Leaving Certificate Examination (including Day School Certificate (Higher) General paper), 1939
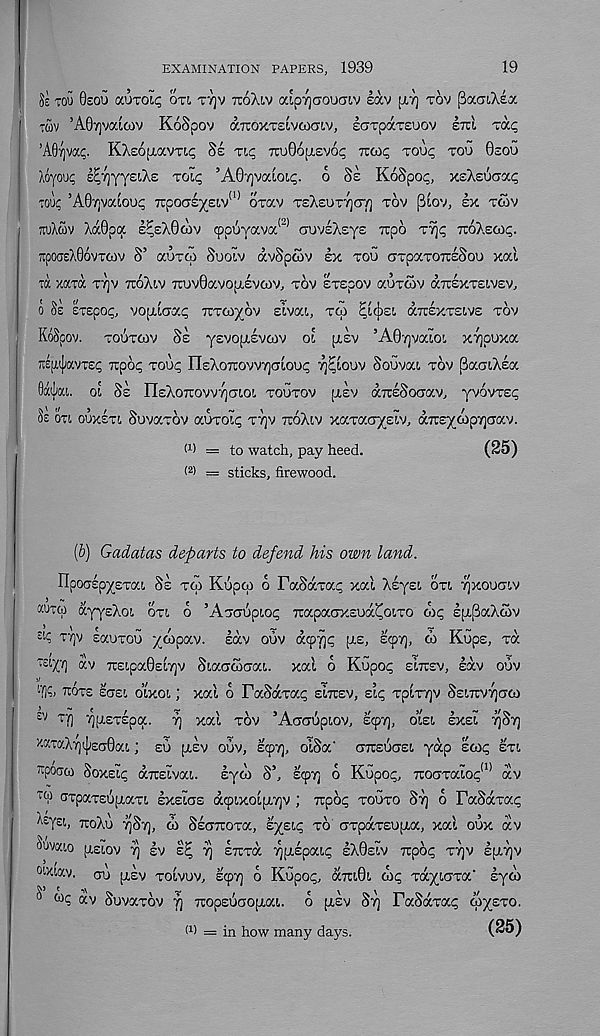
EXAMINATION PAPERS, 1939
19
TOU 0sou auroii; OTI TT]V TTOXLV aipyjGOua'i.v lav [XT] TOV [BaaiXea
TUV ’AOrjvaicov KoSpov (XTUOXTSIVCOCTIV, larpaTeuov im Tap
’Afiyjvap. KXcOixavTtp SI Tip TruBopisvop Tctop Toup TOO OSOU
Xoyoup l^yysiXe TOip ’AGyvaioip. 6 Si KoSpop, xsXsocrap
Toup ’A0v)vaioop 7rpoaly£:!,v !1) OTav TEXSOT^T/] TOV ptov, lx TOOV
TWXCOV XaQpa l^sXOcov cppSyava (2) auvIXsys Tcpo TYjp TtoXewp.
7[poasX06vT6iv S’ aoTW Soolv dvSpoJV lx TOO crTpaTorcISoo xal
m xam TT)V TOXIV 7rov0avo[xlvoiv, TOV £T£pov aoTt5v djuIxTEiVEv,
o Se EtEpop, vopticrap TTTCO^OV sivai,, TCO
aTCEXTStvs TOV
KoSpOV.
TOUTOIV SE yEVOfXEVCOV 01 pLEV ’A0'/]VaiOl X7]puxa
7i£[nj;avTEp xpop Toup nsXoTcovvTjcrioup Tj^ioov Souvai TOV (BaoiXla
0llca. 01 Si nsXOTTOVVTjO't.O!, TOUTOV [XSV aTCESocTaV, yVOVTEp
Ss or, OOXETI. SovaTov aoroip TTJV TTOXIV xaTaa/siv, dxEyoop^crav.
(1) = to watch, pay heed.
(25)
( 2 ) = sticks, firewood.
(b) Gadatas departs to defend his own land.
npoalp^ETai Ss TOO Kupco o PaSaTap xal Xlyst, on yjxouoTV
aunp dyyeXo!, OTL O ’ATCTUPIOP Ttapaaxsud^oiTO oip lp,paXwv
TT)V saoTOo /wpav. lav oov dcpf]p pis, scpyj, w Kups, T<X
av 7r£ipa0£C/]v Siaococrat. xal o Kupop EITCEV, lav oov
'•i'A TtOTS ECTE!, olxoi J Xal 0 raSaTap EITCEV, sip Tp0T'/]V SsiTV^aCO
£V Tfl '/jpETEpa. 7) xal TOV ’AaTOpLOV, ECpT], OtEL IxEL 7]ST]
XKTOXT)(|iE(T0ai; eo ptlv oov, scpv], olSa' OTTESCTE!. yap scop ETL
^poao Soxsip aTrslva!,. lyoo S’, Ecpr; o Kopop, TuoaTalop (1> dv
Tf 0 TTpaTEOIJ.aTL IxELCTE dcplXolpi7)V ) TTpOp TOOTO Si] 6 PaSlXTap
XOXo 7]ST], (b SsCTTtOTa, lysip TO tiTpaTEopia, xal oox dv
0UVKI.O (J,£10V 7] !v sj; 7) ETCTa ^[XEpaip IX0EIV Tipop T7)V l|JL7)V
°W lav - oo [XEV TO LVOV, ECpT] O KopOp, (7.71101 COp XC/S/IGTC/.' Iy0>
^ wp dv SovaTov 7] TiopsoaopiaL. o pilv STJ FaSaTap oiysTO.
I 1 ) = in how many days.
(25)